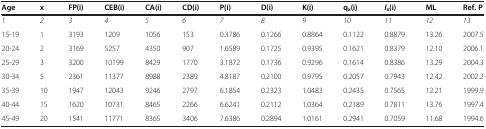
<table><thead><tr><td><b>Age</b></td><td><b>x</b></td><td><b>FP(i)</b></td><td><b>CEB(i)</b></td><td><b>CA(i)</b></td><td><b>CD(i)</b></td><td><b>P(i)</b></td><td><b>D(i)</b></td><td><b>K(i)</b></td><td><b>q<sub>x</sub>(i)</b></td><td><b><i>l</i><sub>x</sub>(i)</b></td><td><b>ML</b></td><td><b>Ref. P</b></td></tr></thead><tbody><tr><td><i>1</i></td><td><i>2</i></td><td><i>3</i></td><td><i>4</i></td><td><i>5</i></td><td><i>6</i></td><td><i>7</i></td><td><i>8</i></td><td><i>9</i></td><td><i>10</i></td><td><i>11</i></td><td><i>12</i></td><td><i>13</i></td></tr><tr><td>15-19</td><td>1</td><td>3193</td><td>1209</td><td>1056</td><td>153</td><td>0.3786</td><td>0.1266</td><td>0.8864</td><td>0.1122</td><td>0.8879</td><td>13.26</td><td>2007.5</td></tr><tr><td>20-24</td><td>2</td><td>3169</td><td>5257</td><td>4350</td><td>907</td><td>1.6589</td><td>0.1725</td><td>0.9395</td><td>0.1621</td><td>0.8379</td><td>12.10</td><td>2006.1</td></tr><tr><td>25-29</td><td>3</td><td>3200</td><td>10199</td><td>8429</td><td>1770</td><td>3.1872</td><td>0.1736</td><td>0.9296</td><td>0.1614</td><td>0.8386</td><td>13.29</td><td>2004.3</td></tr><tr><td>30-34</td><td>5</td><td>2361</td><td>11377</td><td>8988</td><td>2389</td><td>4.8187</td><td>0.2100</td><td>0.9795</td><td>0.2057</td><td>0.7943</td><td>12.42</td><td>2002.2</td></tr><tr><td>35-39</td><td>10</td><td>1947</td><td>12043</td><td>9246</td><td>2797</td><td>6.1854</td><td>0.2323</td><td>1.0483</td><td>0.2435</td><td>0.7565</td><td>12.21</td><td>1999.9</td></tr><tr><td>40-44</td><td>15</td><td>1620</td><td>10731</td><td>8465</td><td>2266</td><td>6.6241</td><td>0.2112</td><td>1.0364</td><td>0.2189</td><td>0.7811</td><td>13.76</td><td>1997.4</td></tr><tr><td>45-49</td><td>20</td><td>1541</td><td>11771</td><td>8365</td><td>3406</td><td>7.6386</td><td>0.2894</td><td>1.0161</td><td>0.2941</td><td>0.7059</td><td>11.68</td><td>1994.6</td></tr></tbody></table>